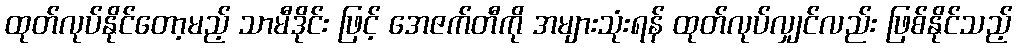
ထုတ်လုပ်နိုင်တော့မည့် သာမီဒိုင်း ဖြင့် အေဇက်တီကို အများသုံးရန် ထုတ်လုပ်လျှင်လည်း ဖြစ်နိုင်သည့်